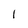
Character: 1